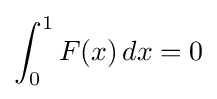
\int _{0}^{1}F(x)\,dx=0